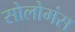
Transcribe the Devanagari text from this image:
सोलोमंस